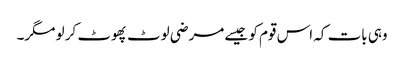
وہی بات کہ اس قوم کو جیسے مرضی لوٹ پھوٹ کر لو مگر۔